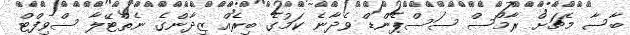
ބާސާ މެޗަށް ރާމޯސް ސަސްޕެންޑް ވެދާނެ ކަމުގެ ބިރެއް ޒިދާންގެ ނެތްޓޭލާ ސްވިފްޓް